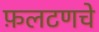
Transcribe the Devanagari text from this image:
फ़लटणचे